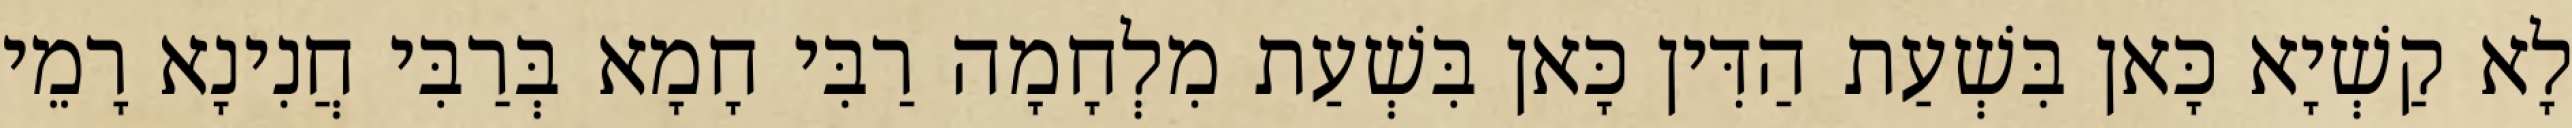
לָא קַשְׁיָא כָּאן בִּשְׁעַת הַדִּין כָּאן בִּשְׁעַת מִלְחָמָה רַבִּי חָמָא בְּרַבִּי חֲנִינָא רָמֵי